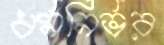
ধর্মনির্ভর